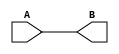
module hello (
    A, B
);
    input A;
    output B;

    assign B = A; 
endmodule